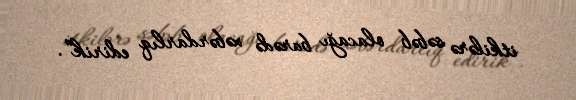
itkilərə səbəb olacağı barədə xəbərdarlıq edirik”.